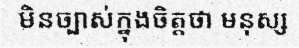
មិនច្បាស់ក្នុងចិត្តថា មនុស្ស